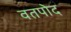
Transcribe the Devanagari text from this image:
वतपोद